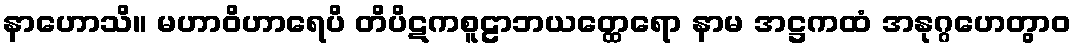
နာဟောသိ။ မဟာဝိဟာရေပိ တိပိဋကစူဠာဘယတ္ထေရော နာမ အဋ္ဌကထံ အနုဂ္ဂဟေတွာဝ